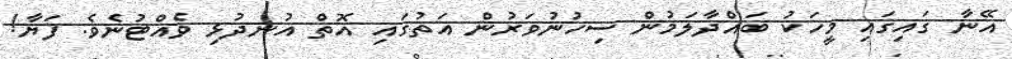
އޭނާ ގައިގައި މީހަކު ބައްދާލަމުން ސިހުނުވަރުން އަތުގައި އޮތް އުނދުޅި ވެއްޓުނެވެ. ފަޔާ!